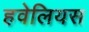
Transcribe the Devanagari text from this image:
हवेलियस